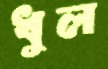
ধুল